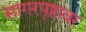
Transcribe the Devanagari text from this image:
सागरपृष्ठावर